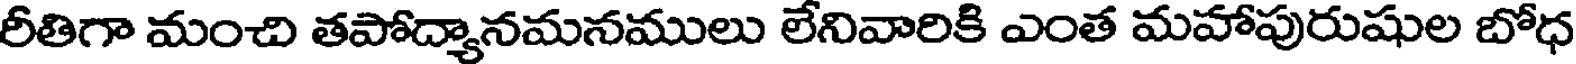
రీతిగా మంచి తపోద్యానమనములు లేనివారికి ఎంత మహాపురుషుల బోధ